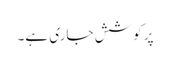
پر کوشش جاری ہے۔